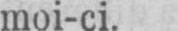
moi-ci.